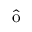
\hat { \mathrm { { o } } }